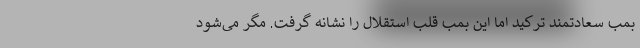
بمب سعادتمند ترکید اما این بمب قلب استقلال را نشانه گرفت. مگر می‌شود